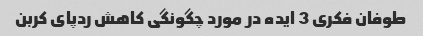
طوفان فکری 3 ایده در مورد چگونگی کاهش ردپای کربن